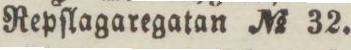
Repſlagaregatan No 32.